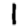
Digit: 1